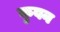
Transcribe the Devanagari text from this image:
कुवन